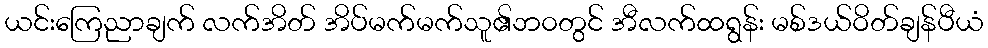
ယင်းကြေညာချက် လက်အိတ် အိပ်မက်မက်သူ၏ဘ၀တွင် အီလက်ထရွန်း မစ်ဒယ်ဝိတ်ချန်ပီယံ